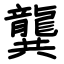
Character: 龔